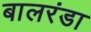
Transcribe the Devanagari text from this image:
बालरंडा